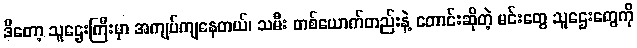
ဒီတော့ သူဌေးကြီးမှာ အကျပ်ကျနေတယ်၊ သမီး တစ်ယောက်တည်းနဲ့ တောင်းဆိုတဲ့ မင်းတွေ သူဌေးတွေကို